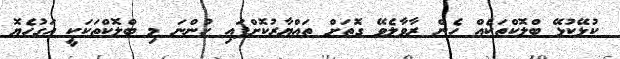
ކުޅޭކުޅޭ ބްލޮކްތަކެއް ހެން ރާވާލެވޭ ގޮތަށް ތައްޔާރުކޮށްފައި ހުންނަ މި ބްލޮކްތަކަކީ އަގުހެޔޮ